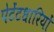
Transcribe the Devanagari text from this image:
पेटेंटधारियों